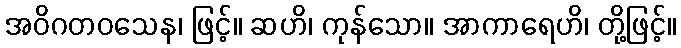
အဝိဂတဝသေန၊ ဖြင့်။ ဆဟိ၊ ကုန်သော။ အာကာရေဟိ၊ တို့ဖြင့်။